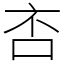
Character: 㕻